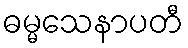
ဓမ္မသေနာပတီ